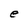
Character: e